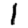
Digit: 1